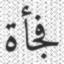
فجأة